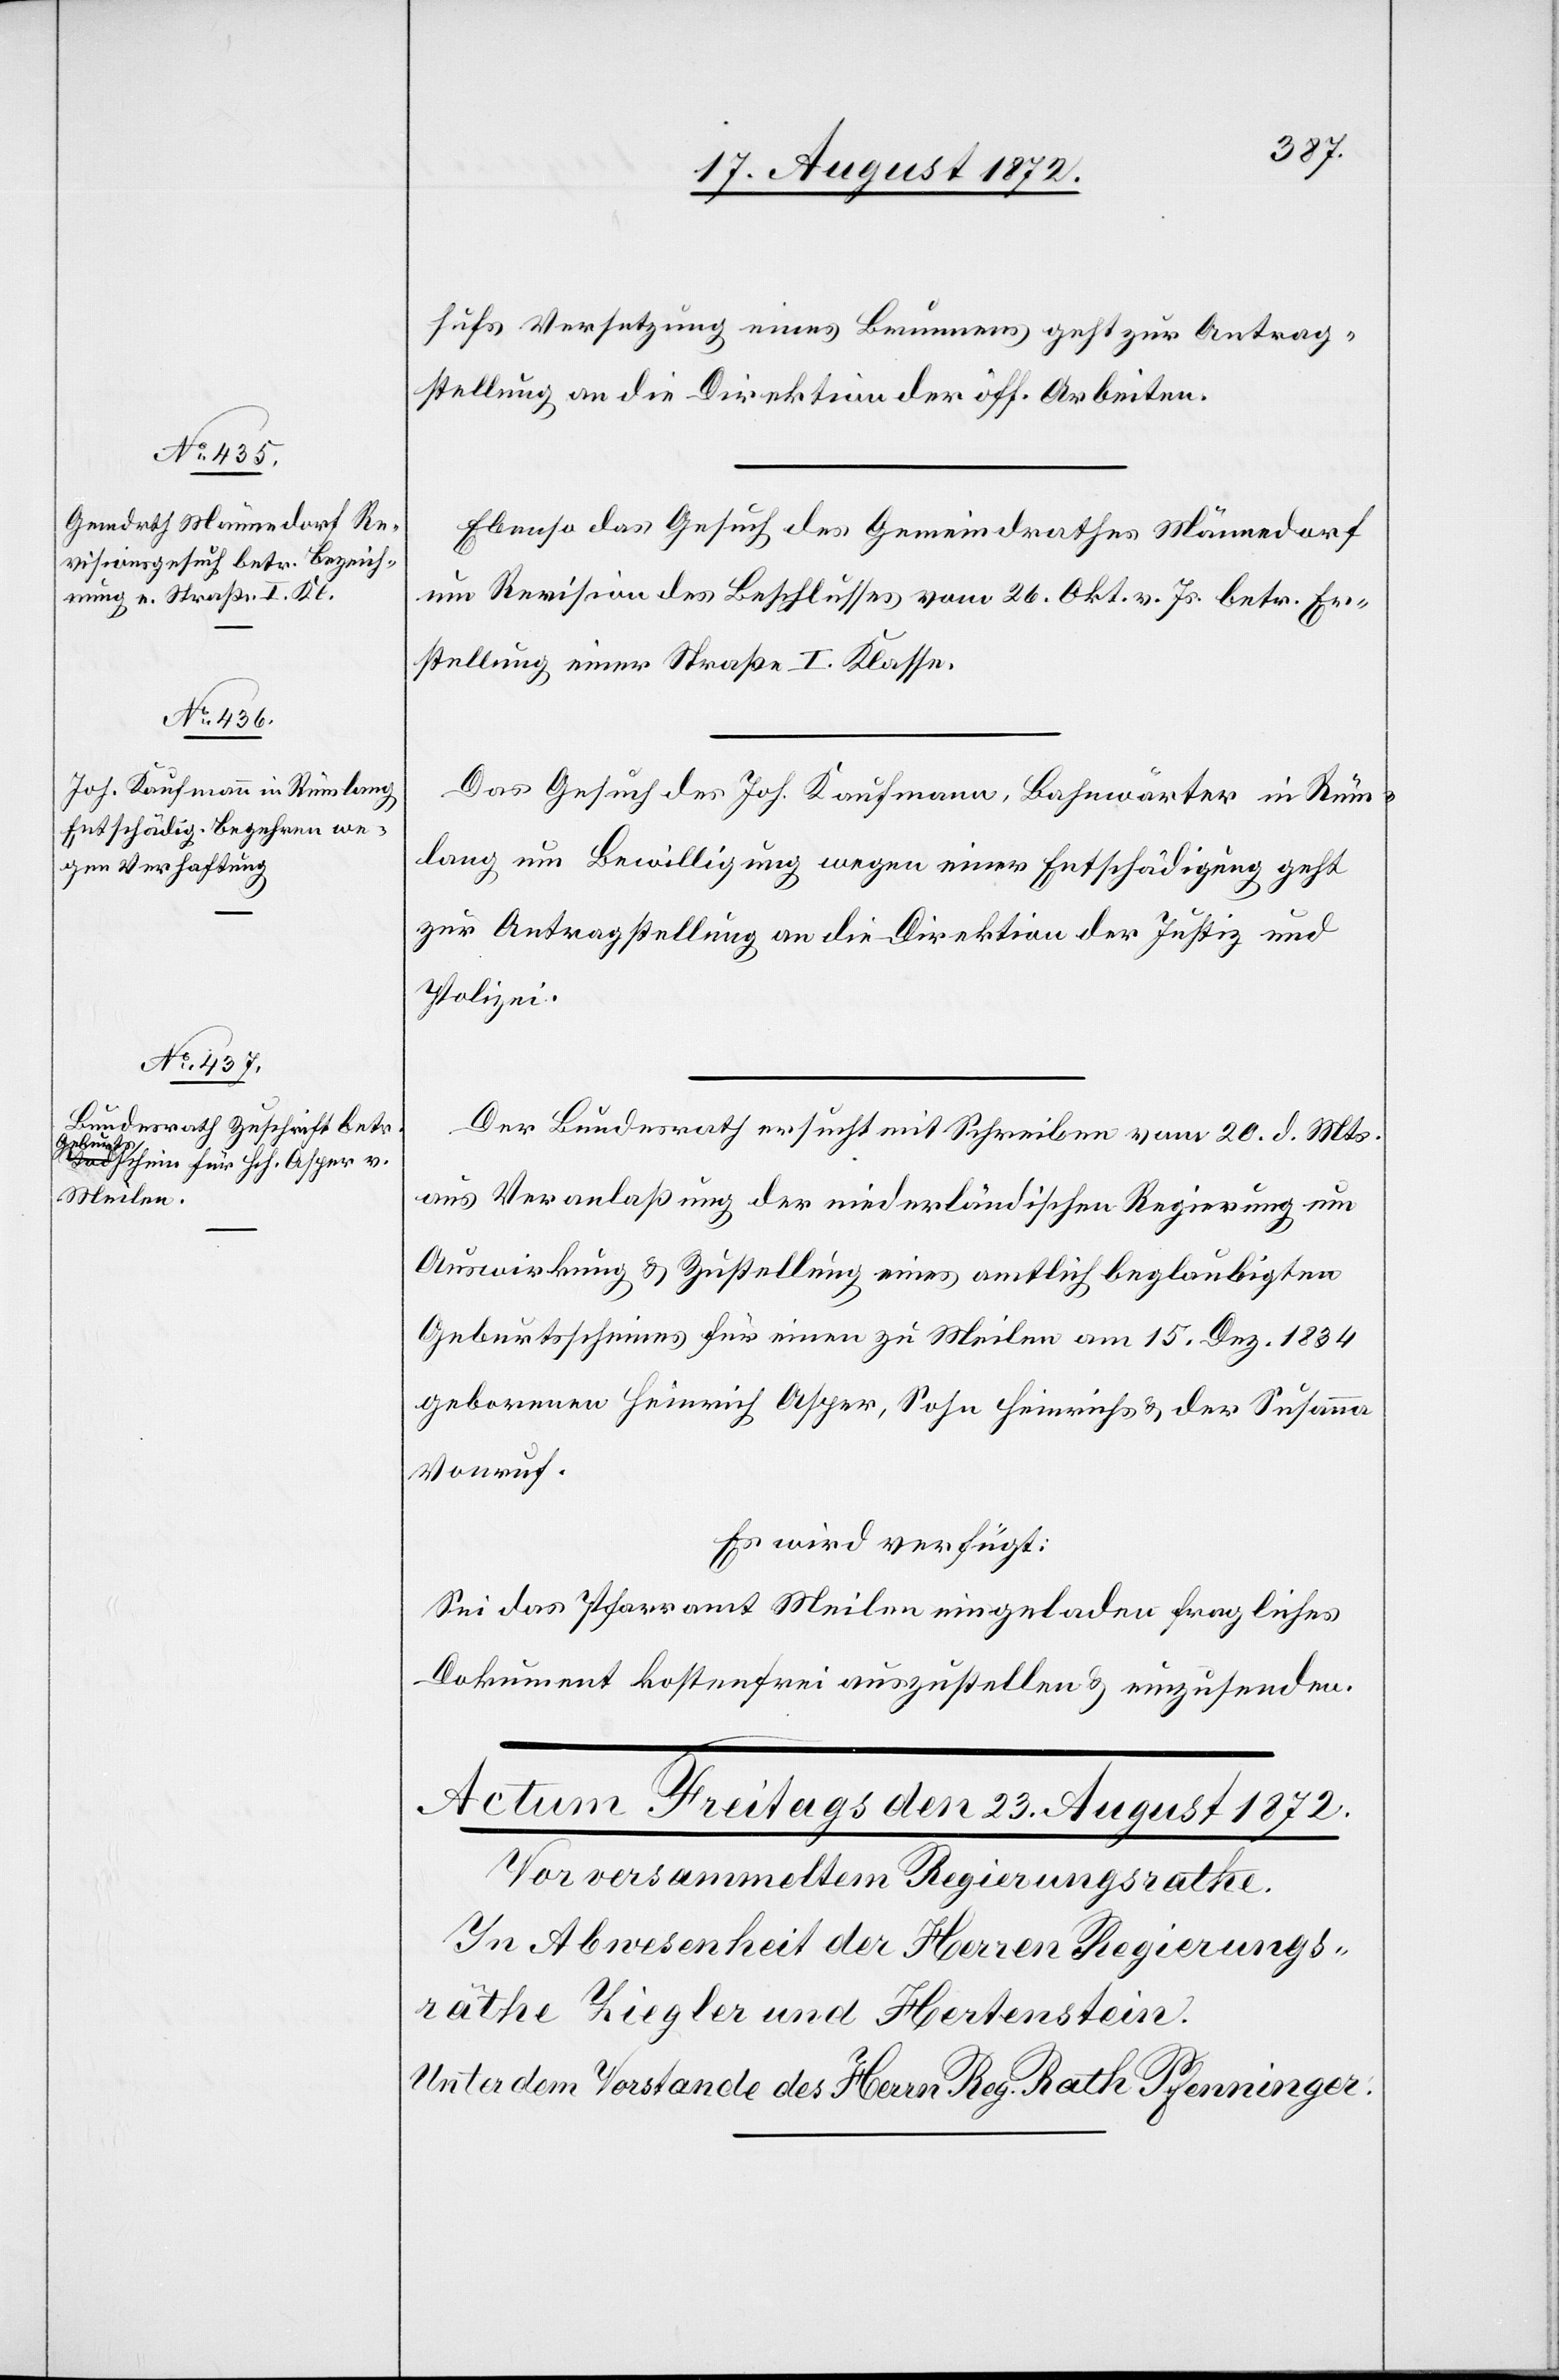
23. August 1872.]
hufs Versetzung eines Brunnens geht zur Antrag¬
stellung an die Direktion der öff. Arbeiten.
Ebenso das Gesuch des Gemeindrathes Männedorf
um Revision des Beschlusses vom 26. Okt. v. Js. betr. Er¬
stellung einer Straße I. Klasse.
Das Gesuch des Joh. Kaufmann, Bahnwärter in Rüm¬
lang um Bewilligung wegen einer Entschädigung geht
zur Antragstellung an die Direktion der Justiz und
Polizei.
Der Bundesrath ersucht mit Schreiben vom 20. d. Mts.
aus Veranlaßung der niederländischen Regierung um
Auswirkung u. Zustellung eines amtlich beglaubigten
Geburtsscheines für einen zu Meilen am 15. Dez. 1834
geborenen Heinrich Asper, Sohn Heinrichs u. der Susanna
Vonruf.
Es wird verfügt:
Sei das Pfarramt Meilen eingeladen fragliches
Dokument kostenfrei auszustellen u. einzusenden.